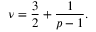
\nu = \frac { 3 } { 2 } + \frac { 1 } { p - 1 } .